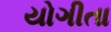
યોગીતા